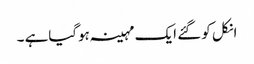
انکل کو گئے ایک مہینہ ہوگیاہے ۔